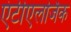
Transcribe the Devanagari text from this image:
एंटीएलर्जिक